Vaccination North-Western Provinces 1866-1877 - 1866-1877
Year: 1866
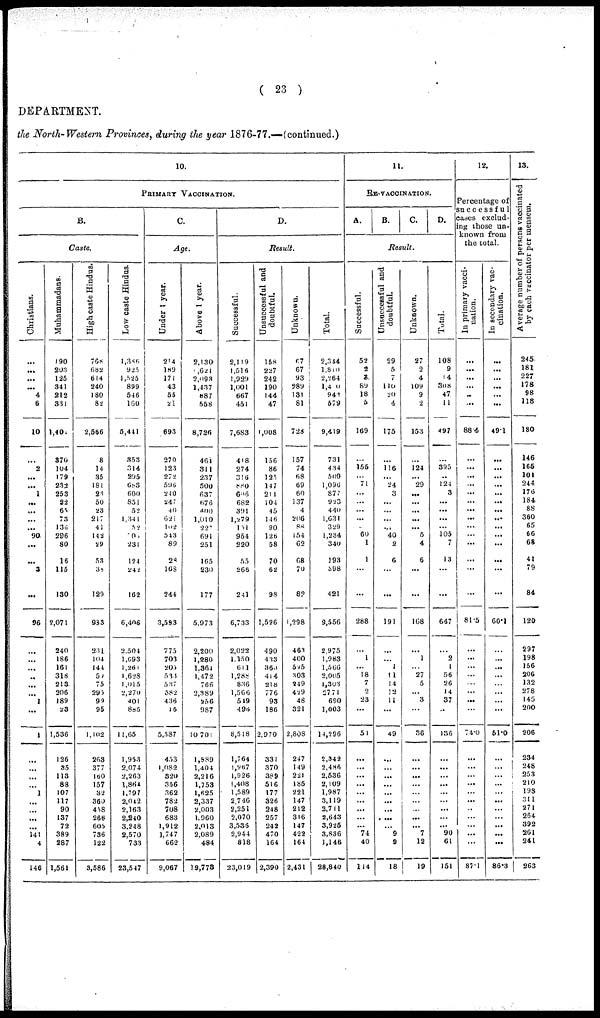
( 23 )
DEPARTMENT.
the North-Western Provinces, during the year 1876-77.—(continued.)
10.
PRIMARY VACCINATION.
Caste.
Christians.
...
...
...
...
4
6
10
...
2
...
...
1
...
...
...
... 90
...
...
3
...
96
...
...
...
...
...
...
1
...
1
...
...
...
...
1
...
...
...
...
141
4
146
Muhammadans.
190
203
125
341
212
331
1,402
370
104
179
232
253
22
65
73
136
296
80
16
115
130
2,071
240
186
161
318
213
206
189
23
1,536
126
35
113
88
107
117
90
137
72
389
287
1,561
High caste Hindus.
768
682
614
240
180
82
2,566
8
14
35
181
23
50
23
217
41
143
29
53
38
129
988
231
104
144
59
75
295
99
95
1,102
263
377
160
157
32
360
458
266
605
736
122
3,586
Low caste Hindus.
1,386
925
1,525
899
546
160
5,441
353
314
295
683
600
851
52
1,341
52
1104
231
l24
242
162
6,406
2,504
1,093
l,261
1,628
1,015
2,270
401
885
11,65
1,953
2,074
2,263
1,864
1,797
2,042
2,163
2,240
3.248
2,570
733
23,547
C.
Age.
Under 1 year.
214
189
171
43
55
21
693
270
123
272
596
240
247
40
621
162
543
89
28
168
244
3,583
775
703
206
583
537
382
436
16
5,587
453
l,082
320
356
362
782
708
683
1,912
1,747
662
9,067
Above 1 year.
2,130
1,62 1
2,093
1,437
887
558
8,726
461
311
237
500
637
676
400
1,010
227
691
251
165
230
177
5,973
2,200
1,280
1,361
1,472
766
2,389
256
987
10,701
1,889
1,404
2,216
1,753
1,625
2,337
2,003
1,960
2,013
2,089
484
19,773
D.
Result.
Successful.
2,119
1,516
1,929
1,001
667
451
7,683
418
274
316
880
606
682
391
1,279
151
954
220
55
266
241
6,733
2,022
1,150
614
1,288
836
1,566
519
496
8,518
1,764
1,967
1,926
1,408
1,589
2,746
2,251
2,070
3,536
2,944
818
23,019
Unsuccessful and
doubtful.
158
227
242
190
144
47
1,008
156
86
125
147
211
104
45
146
90
126
58
70
62
98
1,526
490
433
360
414
218
776
93
186
2,970
331
370
389
516
177
326
248
257
242
470
164
2,390
Unknown.
67
67
93
289
131
81
728
157
74
68
69
60
137
4
206
88
154
62
68
70
82
1,298
463
400
595
303
249
429
48
321
2,808
247
149
221
185
221
147
212
316
147
422
164
2,431
Total.
2,344
1,810
2,264
1,479
943
679
9,419
731
434
509
1,096
877
923
440
1,631
329
1,234
340
193
398
421
9,556
2,975
1,983
1,566
2,005
1,303
2771
690
1,003
14,296
2,34 2
2,486
2,636
2,109
1,987
3,119
2,711
2,643
3,925
3,836
1,146
28,840
11.
RE-VACCINATION.
A.
B.
C. D.
Result.
Successful.
52
2
3
89
18
5
169
...
155
...
71
...
...
...
...
... 60
1
1
...
...
288
...
1
... 18
7
2
23
...
51
...
...
...
...
...
...
...
...
... 74
40
114
Unsuccessful and
doubtful.
29
5
7
110
20
4
175
...
116
...
24
3
...
...
...
...
40
2
6
...
...
191
...
... 1
11
14
12
l1
...
49
...
...
...
...
...
...
...
...
...
9
9
18
Unknown.
27
2
4
109
9
2
153
...
124
...
29
...
...
...
...
... 5
4
6
...
...
168
...
1
...
27
5
... 3
...
36
...
...
...
...
...
...
...
...
... 7
12
19
Total.
108
9
14
308
47
11
497
...
395
..
124
3
...
...
...
... 105
7
13
...
...
647
...
2
1
56
26
14
37
...
136
...
...
...
...
...
...
...
...
... 90
61
151
12.
Percentage of
successful
cases exclud-
ing those un-
known from
the total.
In primary vacci-
nation.
...
...
...
...
...
...
88.4
...
...
...
...
...
...
...
...
...
...
...
...
...
...
81.5
...
...
...
...
...
...
...
...
74.0
...
...
...
...
...
...
...
...
...
...
...
87.1
In secondary vac-
cination.
...
...
...
...
...
...
49.1
...
...
...
...
...
...
...
...
...
...
...
...
...
...
60.1
...
...
...
...
...
...
...
...
61.0
...
...
...
...
...
...
...
...
...
...
...
86.3
13.
Average number of persons vaccinated
by each vaccinator per mensem.
245
181
227
178
98
118
180
146
165
101
244
176
184
88
360
65
66
68
41
79
84
120
297
198
156
206
132
278
145
200
206
234
248
253
210
198
311
271
264
392
261
241
263